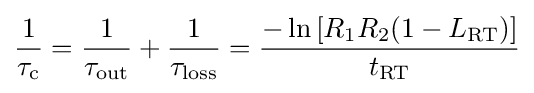
{\frac {1}{\tau _{\rm {c}}}}={\frac {1}{\tau _{\rm {out}}}}+{\frac {1}{\tau _{\rm {loss}}}}={\frac {-\ln {[R_{1}R_{2}(1-L_{\rm {RT}})]}}{t_{\rm {RT}}}}